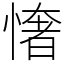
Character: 㦋